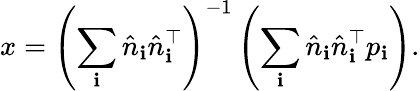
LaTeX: x=\left(\sum_{\mathbf{i}}{\hat{{n}}}_{\mathbf{i}}{\hat{{n}}}_{\mathbf{i}}^{\top}\right)^{-1}\left(\sum_{\mathbf{i}}{\hat{{n}}}_{\mathbf{i}}{\hat{{n}}}_{\mathbf{i}}^{\top}p_{\mathbf{i}}\right).